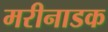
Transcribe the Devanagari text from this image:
मरीनाडक